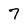
Character: 7